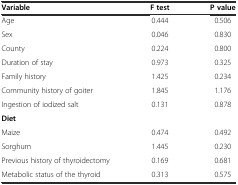
| Variable | F test | P value |
 | --- | --- | --- |
 | Age | 0.444 | 0.506 |
 | Sex | 0.046 | 0.830 |
 | County | 0.224 | 0.800 |
 | Duration of stay | 0.973 | 0.325 |
 | Family history | 1.425 | 0.234 |
 | Community history of goiter | 1.845 | 1.176 |
 | Ingestion of iodized salt | 0.131 | 0.878 |
 | Diet |  |  |
 | Maize | 0.474 | 0.492 |
 | Sorghum | 1.445 | 0.230 |
 | Previous history of thyroidectomy | 0.169 | 0.681 |
 | Metabolic status of the thyroid | 0.313 | 0.575 |